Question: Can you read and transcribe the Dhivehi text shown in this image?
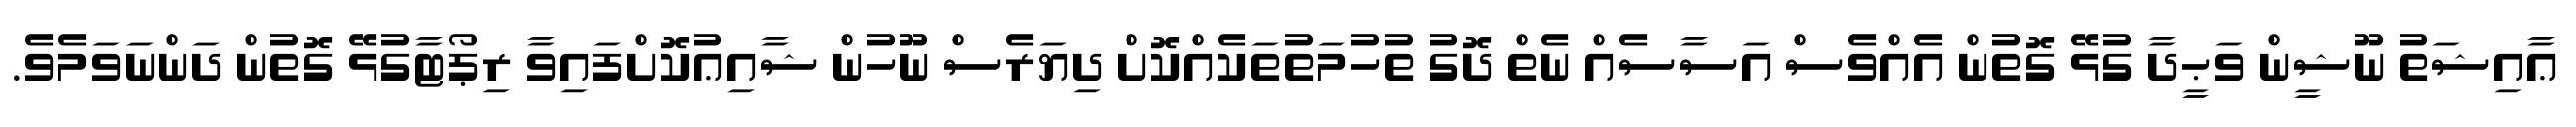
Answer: ޢާއިޝަތު ނޫޝީން ވަޙީދާ ގުޅޭ ގޮތުން އެއްވެސް އަސާސެއް ނެތް ދޮގު ތުހުމަތުތަކެއްކޮށް ދިޔަރެސް ނޫހުން ޝާއިޢުކޮށްފައިވާ ރިޕޯޓާގުޅޭ ގޮތުން ދަންނަވަމެވެ.